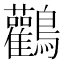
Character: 鸛